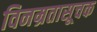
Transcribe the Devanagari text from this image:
विनम्रतासूचक